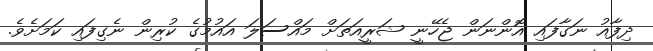
ދިފާއު ނަގާފައި އޮންނަން ޖެހޭނީ ޝަރީއަތަށް މައްސަލަ އައުމުގެ ކުރިން ނެގިފައި ކަމަށެވެ.